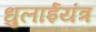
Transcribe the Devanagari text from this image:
धुलाईयंत्र